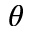
\theta